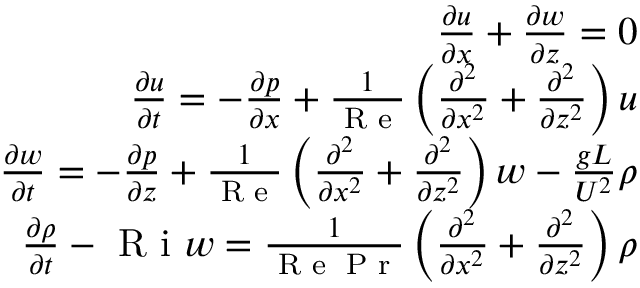
\begin{array} { r l r } & { } & { \frac { \partial u } { \partial x } + \frac { \partial w } { \partial z } = 0 } \\ & { } & { \frac { \partial u } { \partial t } = - \frac { \partial p } { \partial x } + \frac { 1 } { \textrm { R e } } \left( \frac { \partial ^ { 2 } } { \partial x ^ { 2 } } + \frac { \partial ^ { 2 } } { \partial z ^ { 2 } } \right) u } \\ & { } & { \frac { \partial w } { \partial t } = - \frac { \partial p } { \partial z } + \frac { 1 } { \textrm { R e } } \left( \frac { \partial ^ { 2 } } { \partial x ^ { 2 } } + \frac { \partial ^ { 2 } } { \partial z ^ { 2 } } \right) w - \frac { g L } { U ^ { 2 } } \rho } \\ & { } & { \frac { \partial \rho } { \partial t } - \textrm { R i } w = \frac { 1 } { \textrm { R e } \textrm { P r } } \left( \frac { \partial ^ { 2 } } { \partial x ^ { 2 } } + \frac { \partial ^ { 2 } } { \partial z ^ { 2 } } \right) \rho } \end{array}